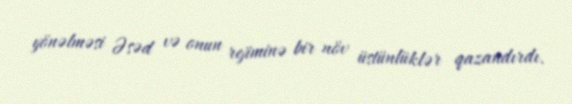
yönəlməsi Əsəd və onun rejiminə bir növ üstünlüklər qazandırdı.